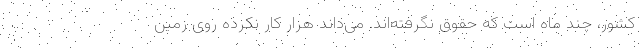
کشور، چند ماه است که حقوق نگرفته‌اند. می‌داند هزار کار نکرده روی زمین